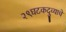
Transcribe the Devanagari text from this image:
२९घटकदुव्याचे